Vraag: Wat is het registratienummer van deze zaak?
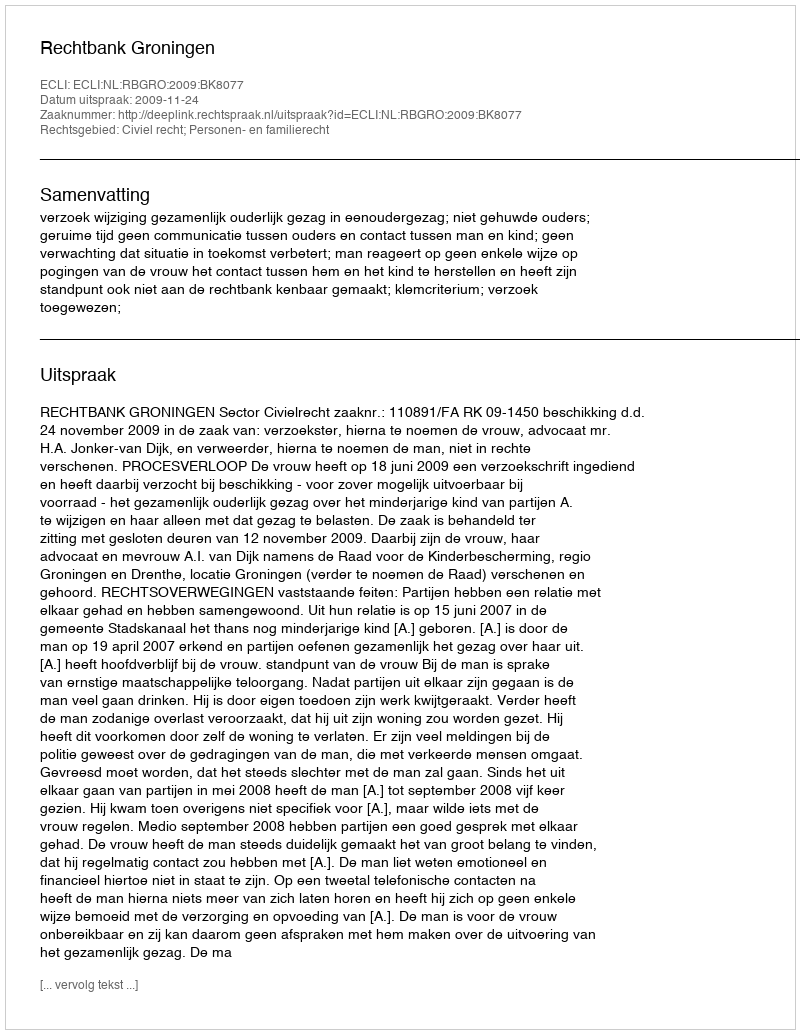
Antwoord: http://deeplink.rechtspraak.nl/uitspraak?id=ECLI:NL:RBGRO:2009:BK8077